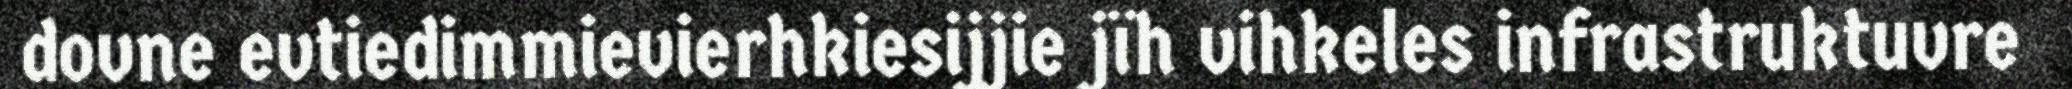
dovne evtiedimmievierhkiesijjie jïh vihkeles infrastruktuvre